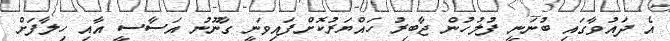
އެ ދައުވާގައި ބުނަނީ ފުލުހުން ޖާބިރު ހައްޔަރުކޮށްފައިވަނީ ގާނޫނު އަސާސީ އާއި ހިލާފަށް